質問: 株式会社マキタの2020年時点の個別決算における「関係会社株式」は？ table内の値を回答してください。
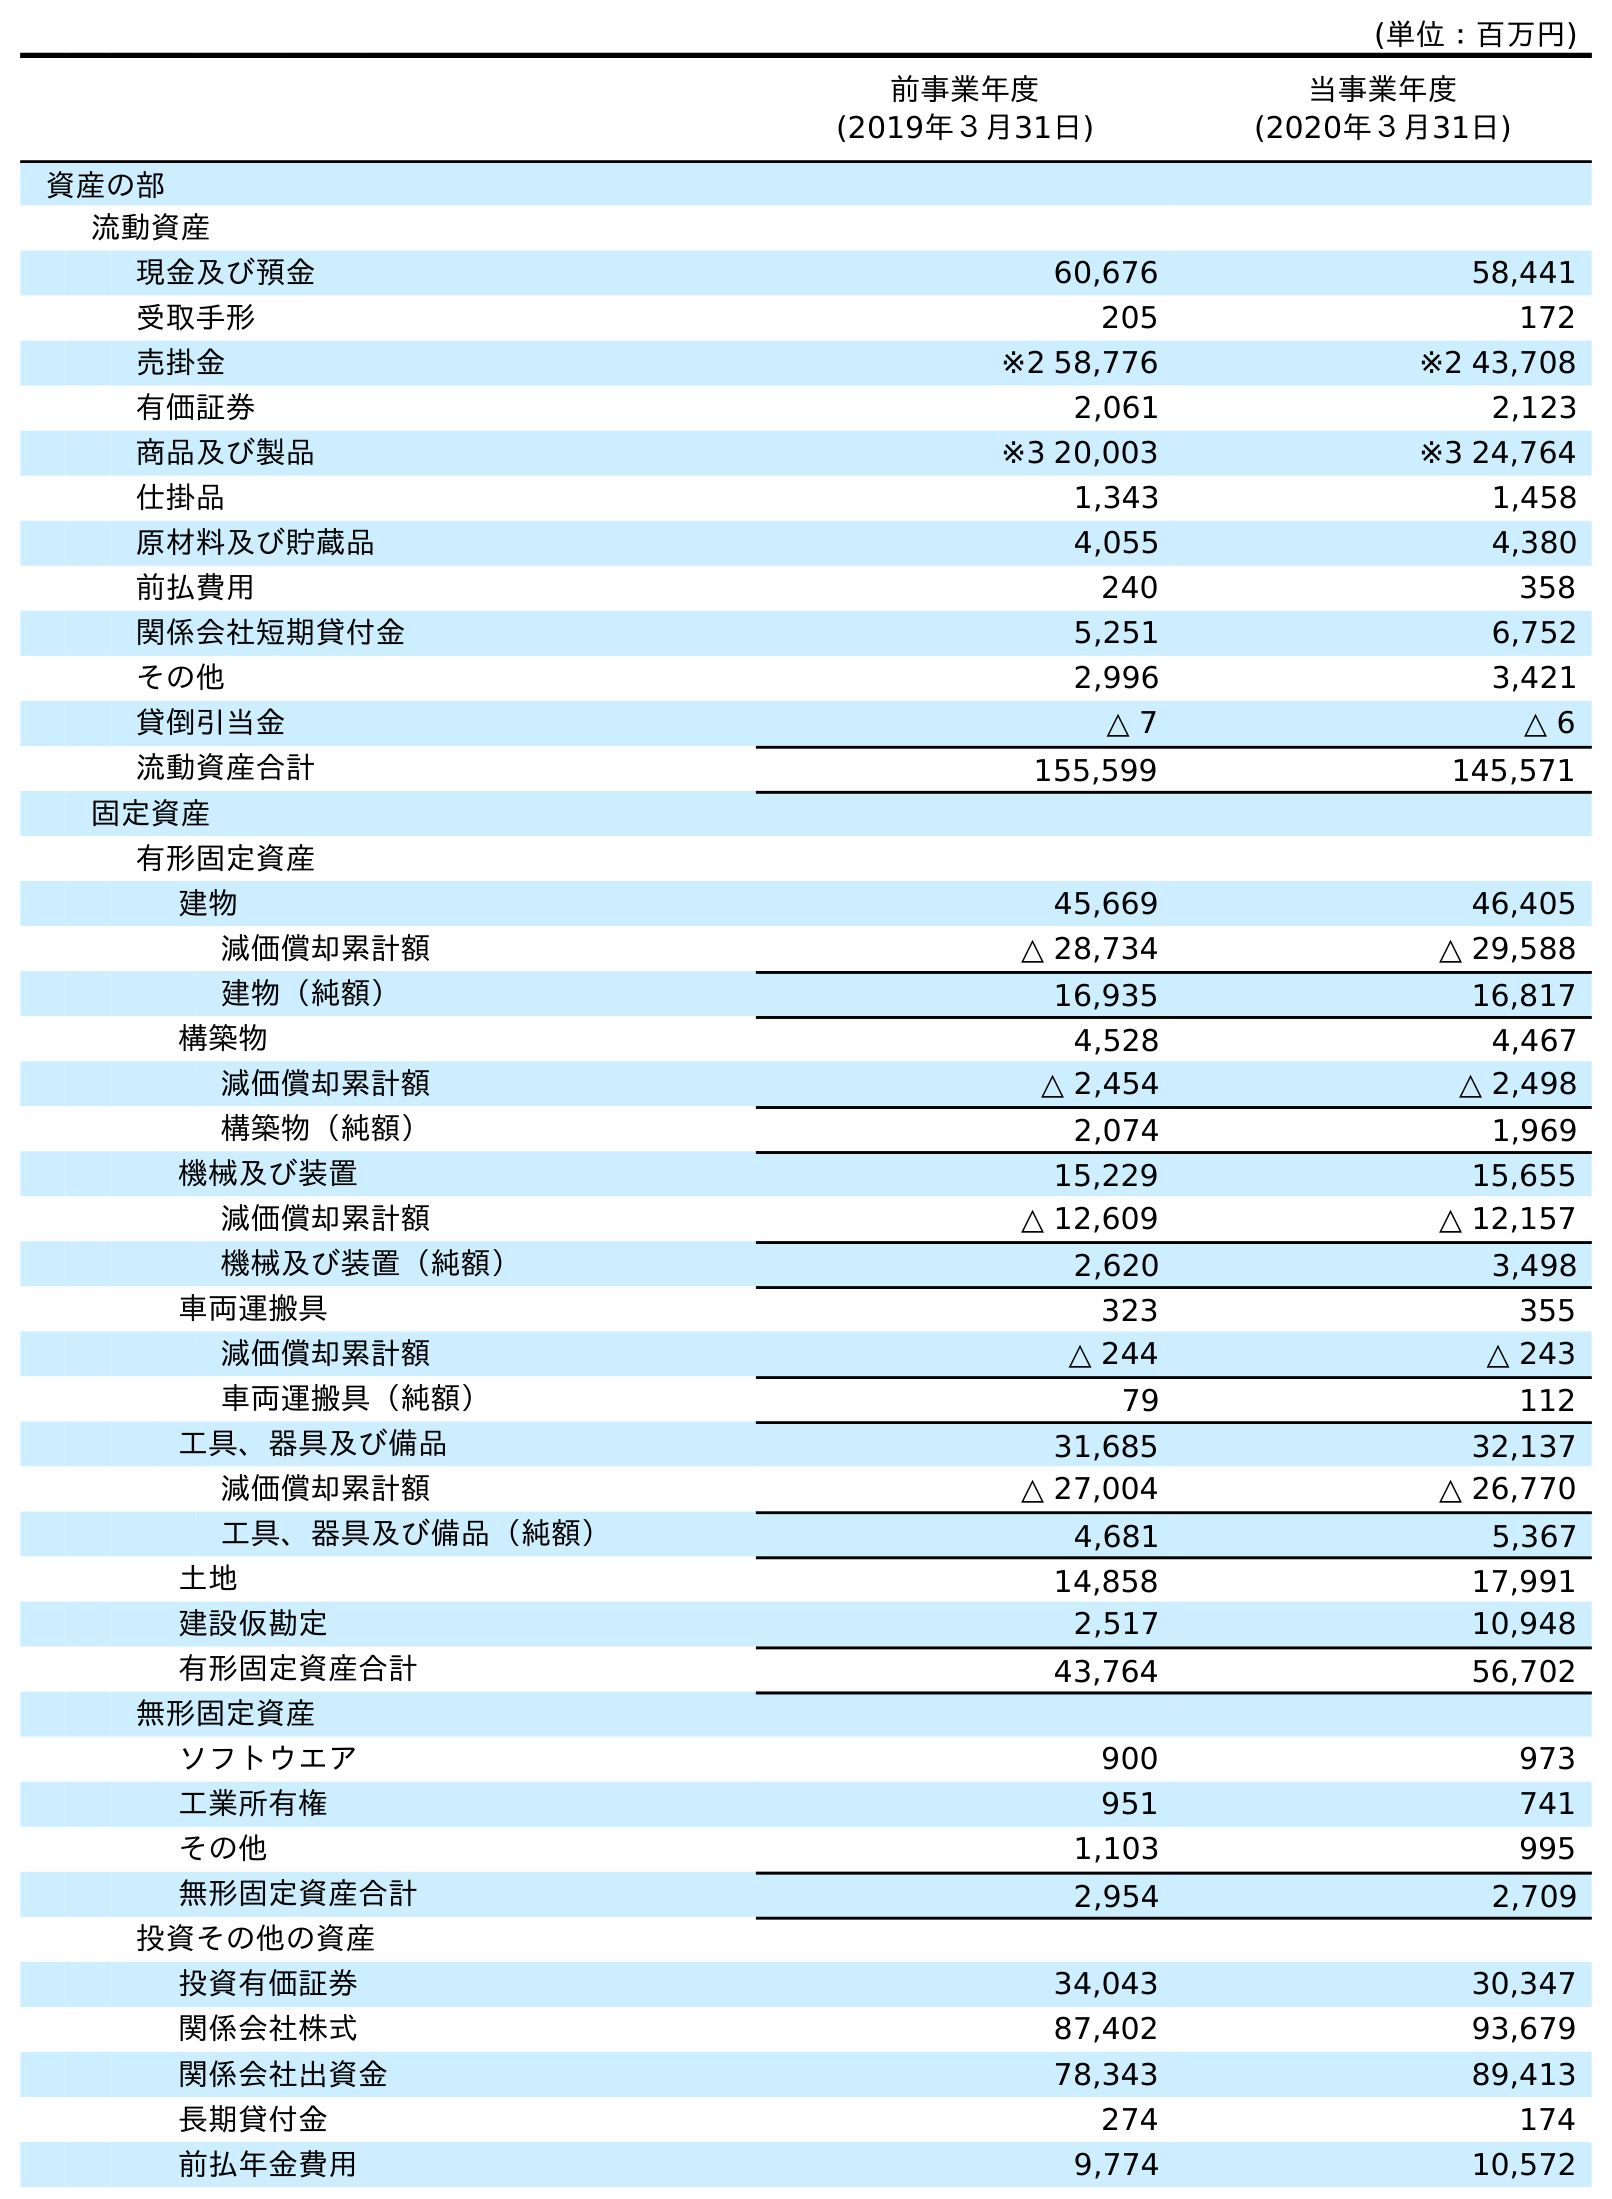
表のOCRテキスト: (単位：百万円) 前事業年度 (2019年３月31日) 当事業年度 (2020年３月31日) 資産の部 流動資産 現金及び預金 60,676 58,441 受取手形 205 172 売掛金 ※2 58,776 ※2 43,708 有価証券 2,061 2,123 商品及び製品 ※3 20,003 ※3 24,764 仕掛品 1,343 1,458 原材料及び貯蔵品 4,055 4,380 前払費用 240 358 関係会社短期貸付金 5,251 6,752 その他 2,996 3,421 貸倒引当金 △ 7 △ 6 流動資産合計 155,599 145,571 固定資産 有形固定資産 建物 45,669 46,405 減価償却累計額 △ 28,734 △ 29,588 建物（純額） 16,935 16,817 構築物 4,528 4,467 減価償却累計額 △ 2,454 △ 2,498 構築物（純額） 2,074 1,969 機械及び装置 15,229 15,655 減価償却累計額 △ 12,609 △ 12,157 機械及び装置（純額） 2,620 3,498 車両運搬具 323 355 減価償却累計額 △ 244 △ 243 車両運搬具（純額） 79 112 工具、器具及び備品 31,685 32,137 減価償却累計額 △ 27,004 △ 26,770 工具、器具及び備品（純額） 4,681 5,367 土地 14,858 17,991 建設仮勘定 2,517 10,948 有形固定資産合計 43,764 56,702 無形固定資産 ソフトウエア 900 973 工業所有権 951 741 その他 1,103 995 無形固定資産合計 2,954 2,709 投資その他の資産 投資有価証券 34,043 30,347 関係会社株式 87,402 93,679 関係会社出資金 78,343 89,413 長期貸付金 274 174 前払年金費用 9,774 10,572
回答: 93,679